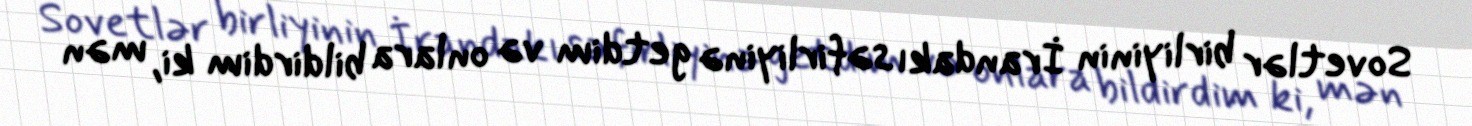
Sovetlər birliyinin İrandakı səfirliyinə getdim və onlara bildirdim ki, mən